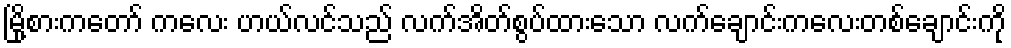
မြို့စားကတော် ကလေး ဟယ်လင်သည် လက်အိတ်စွပ်ထားသော လက်ချောင်းကလေးတစ်ချောင်းကို